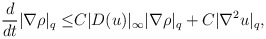
\begin{align*}\frac{d}{dt}|\nabla \rho|_q\leq& C|D( u)|_\infty|\nabla \rho|_q+C|\nabla^2 u|_q,\end{align*}